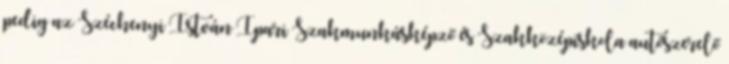
pedig az Széchenyi István Ipari Szakmunkásképző és Szakközépiskola autószerelő